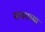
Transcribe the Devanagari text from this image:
वावराच्या